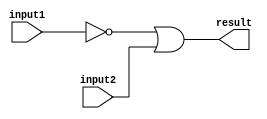
module OR_GATE( input1,
                input2,
                result );

   /*******************************************************************************
   ** Here all module parameters are defined with a dummy value                  **
   *******************************************************************************/
   parameter [64:0] BubblesMask = 1;

   /*******************************************************************************
   ** The inputs are defined here                                                **
   *******************************************************************************/
   input input1;
   input input2;

   /*******************************************************************************
   ** The outputs are defined here                                               **
   *******************************************************************************/
   output result;

   /*******************************************************************************
   ** The wires are defined here                                                 **
   *******************************************************************************/
   wire s_realInput1;
   wire s_realInput2;

   /*******************************************************************************
   ** The module functionality is described here                                 **
   *******************************************************************************/

   /*******************************************************************************
   ** Here the bubbles are processed                                             **
   *******************************************************************************/
   assign  s_realInput1 = (BubblesMask[0] == 1'b0) ? input1 : ~input1;
   assign  s_realInput2 = (BubblesMask[1] == 1'b0) ? input2 : ~input2;

   /*******************************************************************************
   ** Here the functionality is defined                                          **
   *******************************************************************************/
   assign result = s_realInput1|
                   s_realInput2;

endmodule